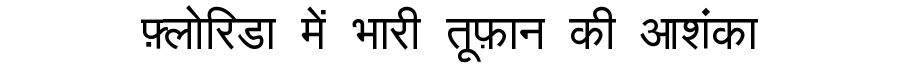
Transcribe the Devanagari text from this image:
फ़्लोरिडा में भारी तूफ़ान की आशंका